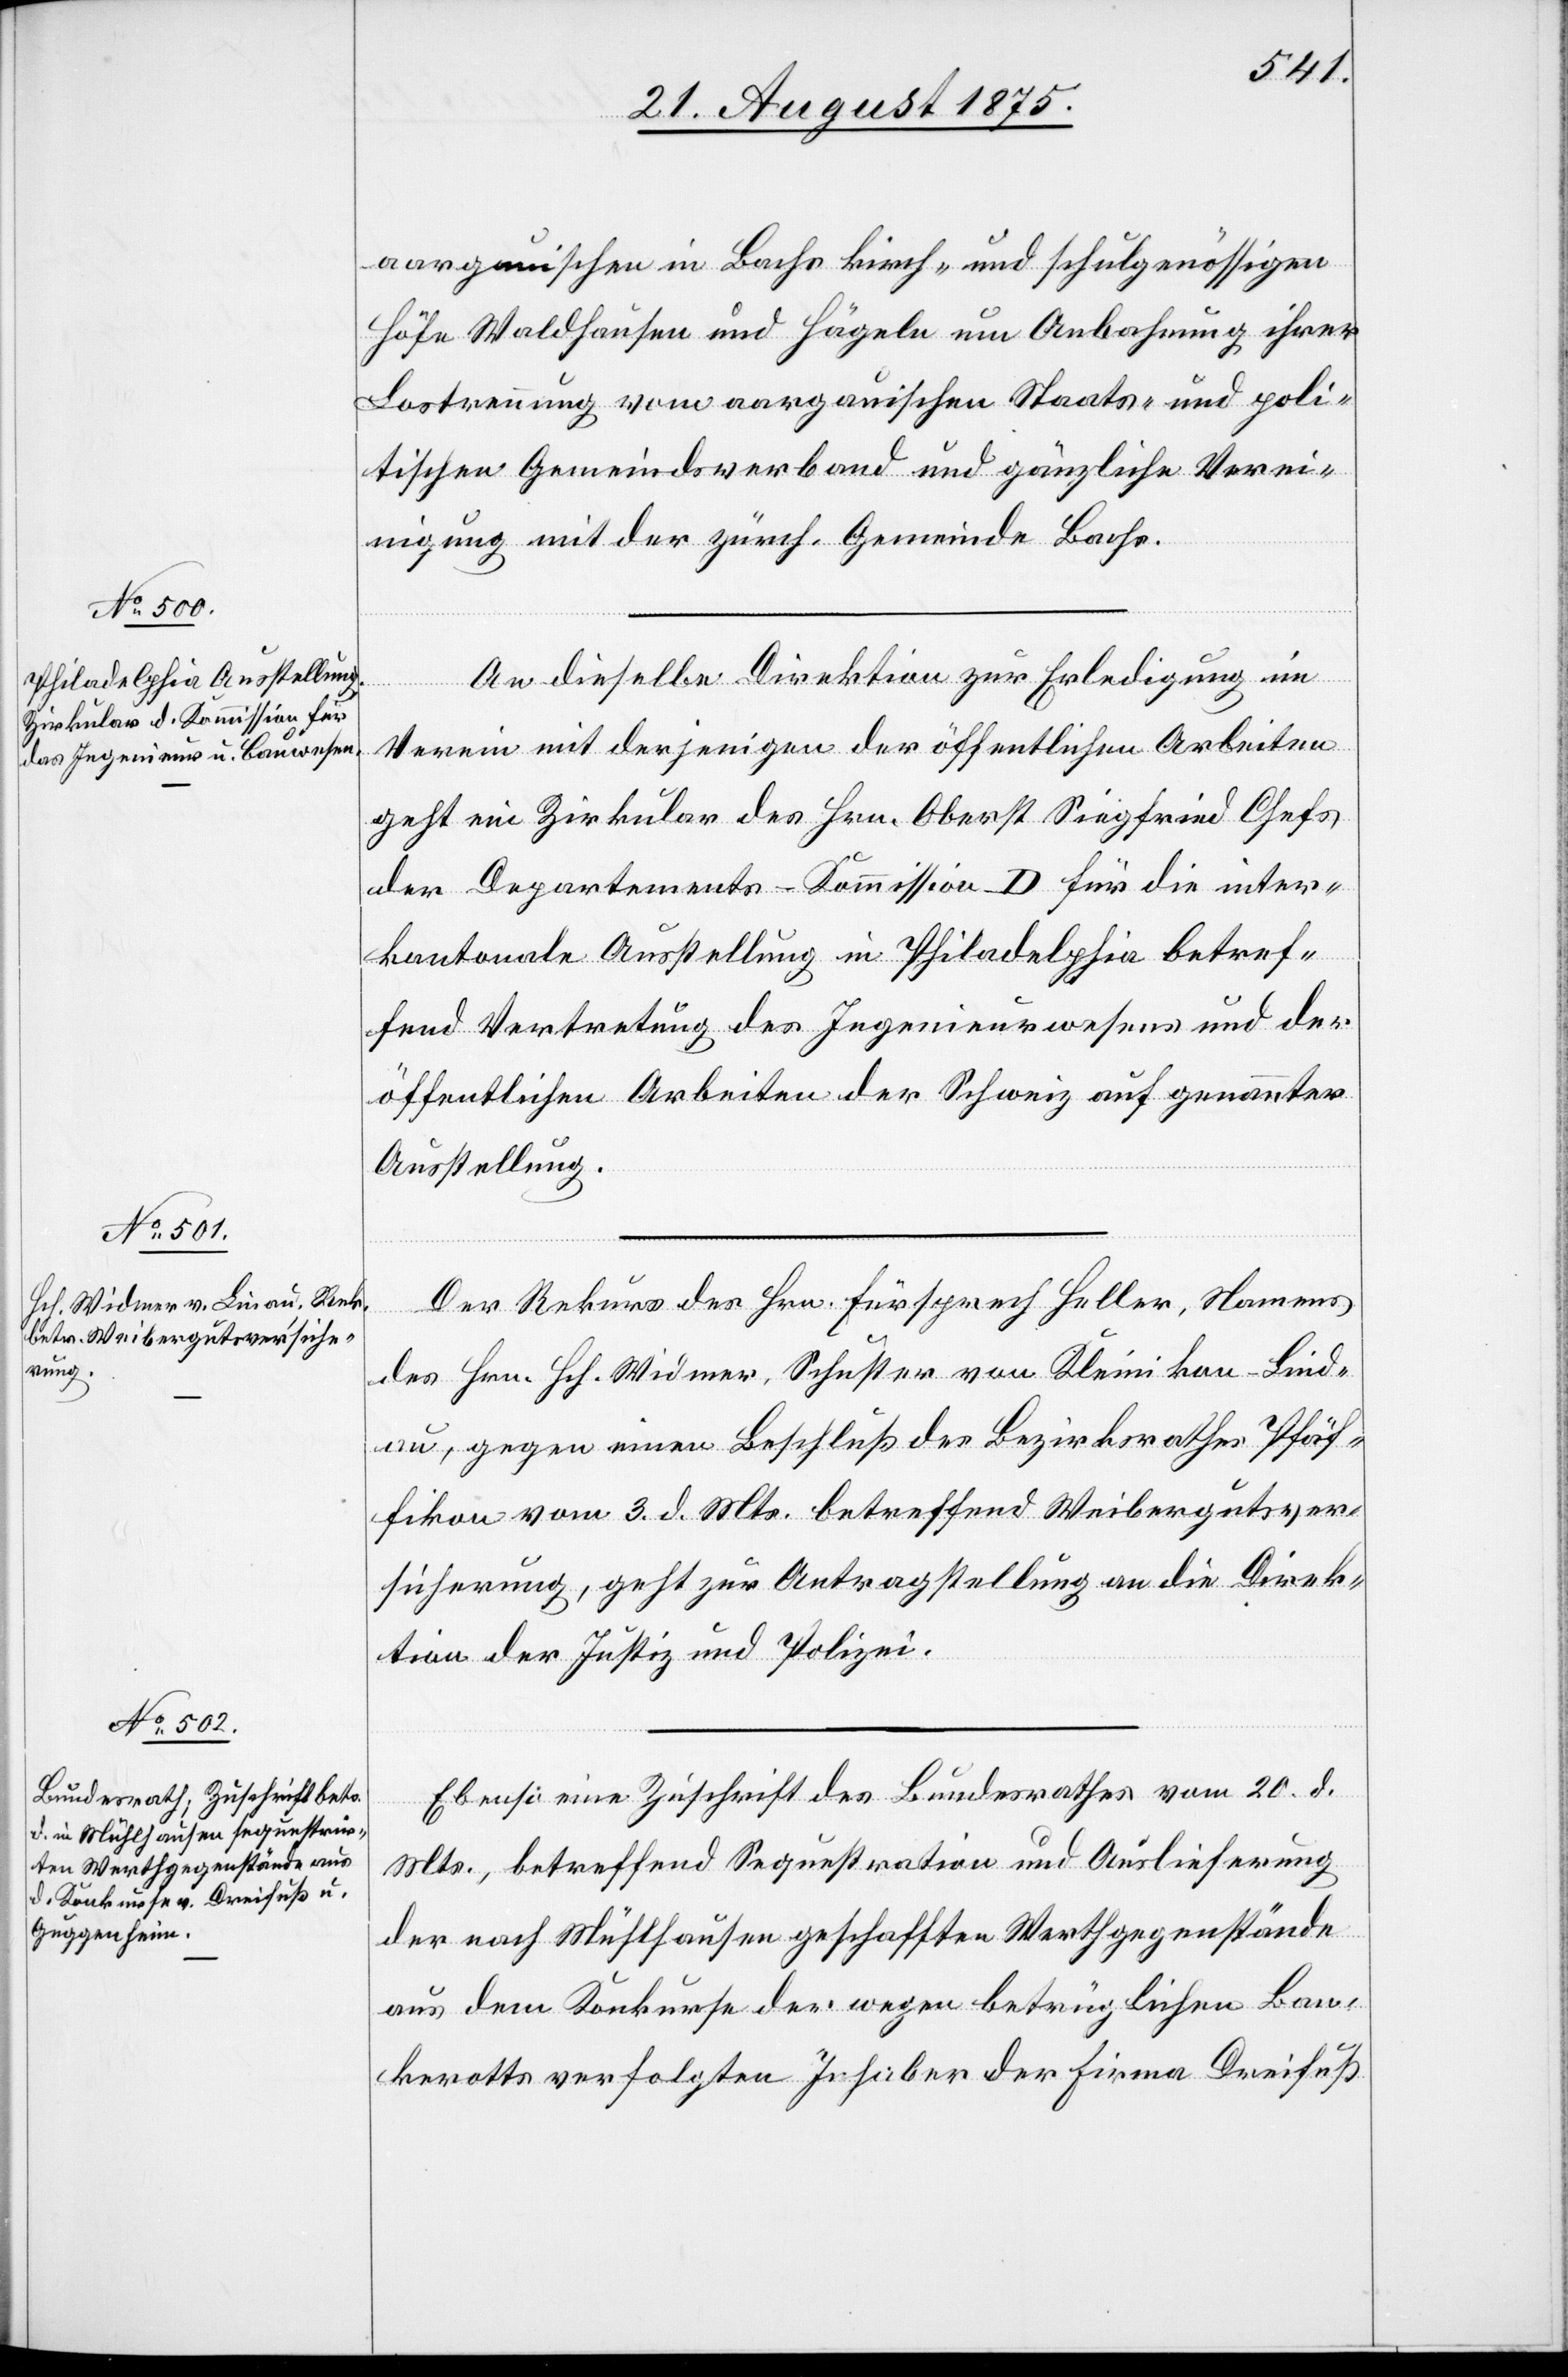
24. August 1875.]
aargauischen in Bachs kirch- und schulgenössigen
Höfe Waldhausen und Hägeln um Anbahnung ihrer
Lostrennung vom aargauischen Staats- und poli¬
tischen Gemeindsverband und gänzliche Verei¬
nigung mit der zürch. Gemeinde Bachs.
An dieselbe Direktion zur Erledigung im
Verein mit derjenigen der öffentlichen Arbeiten
geht ein Zirkular des Hrn. Oberst Siegfried Chefs
der Departements-Kommission D für die inter¬
kantonale Ausstellung in Philadelphia betref¬
fend Vertretung des Ingenieurswesens und der
öffentlichen Arbeiten der Schweiz auf genannter
Ausstellung.
Der Rekurs des Hrn. Fürsprech Heller, Namens
des Hrn. Hch. Widmer, Schuster von Kleinikon - Lind¬
au, gegen einen Beschluß des Bezirksrathes Pfäf¬
fikon vom 3. d. Mts. betreffend Weibergutsver¬
sicherung, geht zur Antragstellung an die Direk¬
tion der Justiz und Polizei.
Ebenso eine Zuschrift des Bundesrathes vom 20. d.
Mts., betreffend Sequestration und Auslieferung
der nach Mühlhausen geschafften Werthgegenstände
aus dem Konkurse der wegen betrüglichen Ban¬
kerotts verfolgten Inhaber der Firma Dreifuß